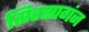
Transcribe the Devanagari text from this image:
सिरसागंज